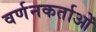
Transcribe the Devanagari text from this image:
वर्णनकर्ताओं